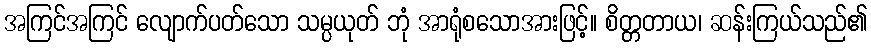
အကြင်အကြင် လျောက်ပတ်သော သမ္ပယုတ် ဘုံ အာရုံစသောအားဖြင့်။ စိတ္တတာယ၊ ဆန်းကြယ်သည်၏